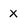
Character: x